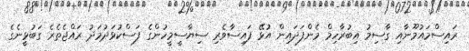
ރައިސްމައުމޫނާއި ގާސިމު އިބުރާހިމް މެންފަދައިން އުޅޭ ފައިސާވެރި ސިޔާސީމީހުންގެ ފަސްކުޅަދުމަދު ރައްޖެތެރެ ގަބުޅީނެގެ